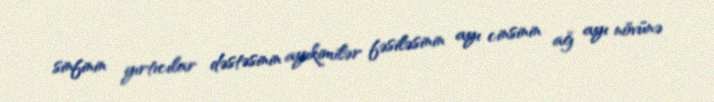
sinfinin yırtıcılar dəstəsinin ayıkimilər fəsiləsinin ayı cinsinin ağ ayı növünə